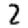
Digit: 2